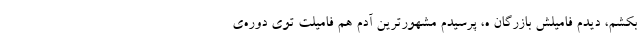
بکشم، دیدم فامیلش بازرگان ه، پرسیدم مشهورترین آدم هم فامیلت توی دوره‌ی